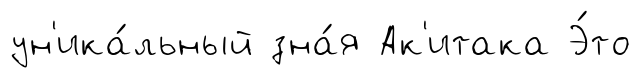
ун'ика́льный зна́я Ак'итака Э́то